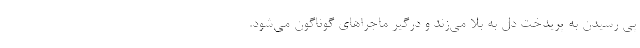
پی رسیدن به پریدخت دل به بلا می‌زند و درگیر ماجراهای گوناگون می‌شود.